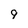
Character: 9